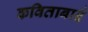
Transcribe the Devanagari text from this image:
कविताबाई